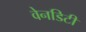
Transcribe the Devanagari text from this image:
वेनडिटी